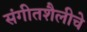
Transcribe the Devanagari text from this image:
संगीतशैलीचे